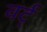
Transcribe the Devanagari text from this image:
वर्ट्